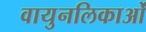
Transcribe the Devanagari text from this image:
वायुनलिकाओं